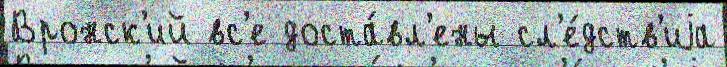
Вронск'ий вс'е доста́вл'ены сл'е́дств'иjа